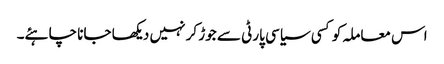
اس معاملہ کو کسی سیاسی پارٹی سے جوڑ کر نہیں دیکھا جانا چاہئے۔